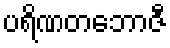
ပရိဏတဘောဇီ